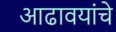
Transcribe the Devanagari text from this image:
आढावयांचे